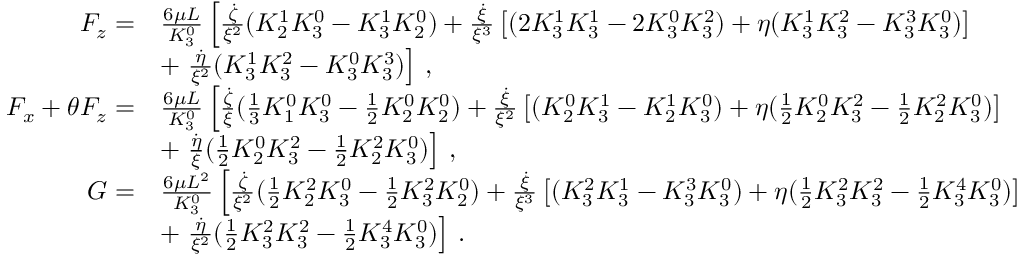
\begin{array} { r l } { F _ { z } = } & { \frac { 6 \mu L } { K _ { 3 } ^ { 0 } } \left[ \frac { \dot { \zeta } } { \xi ^ { 2 } } ( K _ { 2 } ^ { 1 } K _ { 3 } ^ { 0 } - K _ { 3 } ^ { 1 } K _ { 2 } ^ { 0 } ) + \frac { \dot { \xi } } { \xi ^ { 3 } } \left[ ( 2 K _ { 3 } ^ { 1 } K _ { 3 } ^ { 1 } - 2 K _ { 3 } ^ { 0 } K _ { 3 } ^ { 2 } ) + \eta ( K _ { 3 } ^ { 1 } K _ { 3 } ^ { 2 } - K _ { 3 } ^ { 3 } K _ { 3 } ^ { 0 } ) \right] \right. } \\ & { + \left. \frac { \dot { \eta } } { \xi ^ { 2 } } ( K _ { 3 } ^ { 1 } K _ { 3 } ^ { 2 } - K _ { 3 } ^ { 0 } K _ { 3 } ^ { 3 } ) \right] \, , } \\ { F _ { x } + \theta F _ { z } = } & { \frac { 6 \mu L } { K _ { 3 } ^ { 0 } } \left[ \frac { \dot { \zeta } } { \xi } ( \frac { 1 } { 3 } K _ { 1 } ^ { 0 } K _ { 3 } ^ { 0 } - \frac { 1 } { 2 } K _ { 2 } ^ { 0 } K _ { 2 } ^ { 0 } ) + \frac { \dot { \xi } } { \xi ^ { 2 } } \left[ ( K _ { 2 } ^ { 0 } K _ { 3 } ^ { 1 } - K _ { 2 } ^ { 1 } K _ { 3 } ^ { 0 } ) + \eta ( \frac { 1 } { 2 } K _ { 2 } ^ { 0 } K _ { 3 } ^ { 2 } - \frac { 1 } { 2 } K _ { 2 } ^ { 2 } K _ { 3 } ^ { 0 } ) \right] \right. } \\ & { + \left. \frac { \dot { \eta } } { \xi } ( \frac { 1 } { 2 } K _ { 2 } ^ { 0 } K _ { 3 } ^ { 2 } - \frac { 1 } { 2 } K _ { 2 } ^ { 2 } K _ { 3 } ^ { 0 } ) \right] \, , } \\ { G = } & { \frac { 6 \mu L ^ { 2 } } { K _ { 3 } ^ { 0 } } \left[ \frac { \dot { \zeta } } { \xi ^ { 2 } } ( \frac { 1 } { 2 } K _ { 2 } ^ { 2 } K _ { 3 } ^ { 0 } - \frac { 1 } { 2 } K _ { 3 } ^ { 2 } K _ { 2 } ^ { 0 } ) + \frac { \dot { \xi } } { \xi ^ { 3 } } \left[ ( K _ { 3 } ^ { 2 } K _ { 3 } ^ { 1 } - K _ { 3 } ^ { 3 } K _ { 3 } ^ { 0 } ) + \eta ( \frac { 1 } { 2 } K _ { 3 } ^ { 2 } K _ { 3 } ^ { 2 } - \frac { 1 } { 2 } K _ { 3 } ^ { 4 } K _ { 3 } ^ { 0 } ) \right] \right. } \\ & { + \left. \frac { \dot { \eta } } { \xi ^ { 2 } } ( \frac { 1 } { 2 } K _ { 3 } ^ { 2 } K _ { 3 } ^ { 2 } - \frac { 1 } { 2 } K _ { 3 } ^ { 4 } K _ { 3 } ^ { 0 } ) \right] \, . } \end{array}